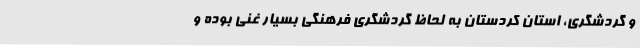
و گردشگری، استان کردستان به لحاظ گردشگری فرهنگی بسیار غنی بوده و